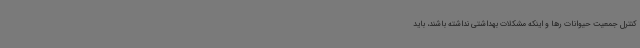
کنترل جمعیت حیوانات رها و اینکه مشکلات بهداشتی نداشته باشند، باید